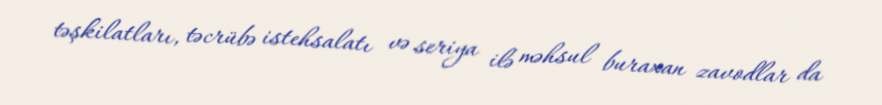
təşkilatları, təcrübə istehsalatı və seriya ilə məhsul buraxan zavodlar da